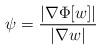
LaTeX: \begin{align*} \psi = \frac{|\nabla \Phi[w]|}{|\nabla w|} \qquad\end{align*}